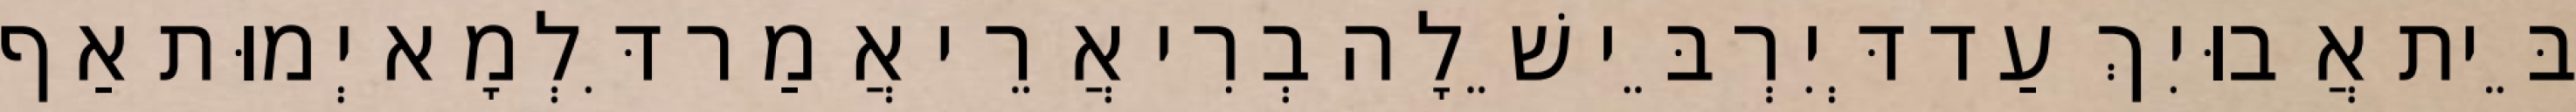
בֵּית אֲבוּיִךְ עַד דְּיִרְבֵּי שֵׁלָה בְרִי אֲרֵי אֲמַר דִּלְמָא יְמוּת אַף